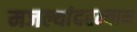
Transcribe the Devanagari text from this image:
मजल्यांदरम्यान